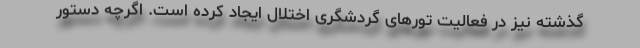
گذشته نیز در فعالیت تورهای گردشگری اختلال ایجاد کرده است. اگرچه دستور